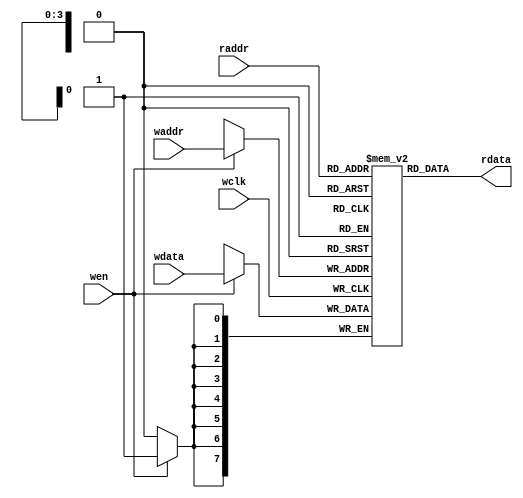
`timescale 1ns / 1ps
//////////////////////////////////////////////////////////////////////////////////
// Company: 
// Engineer: 
// 
// Design Name: 
// Module Name:    fifo_mem 
// Project Name: 
// Target Devices: 
// Tool versions: 
// Description: 
//
// Dependencies: 
//
// Revision: 
// Revision 0.01 - File Created
// Additional Comments: 
//
//////////////////////////////////////////////////////////////////////////////////
module fifo_mem #(parameter DSIZE=8,
						parameter ADDRSIZE = 4)
					(input wclk,
					 input wen,
					 input [DSIZE-1:0] wdata,
					 input [ADDRSIZE-1:0] waddr,
					 input [ADDRSIZE-1:0] raddr,
					 output [DSIZE-1:0] rdata
    );
	
	localparam DEPTH=1<<ADDRSIZE;
	reg [DSIZE-1:0] mem [0:DEPTH-1];
	
	assign rdata = mem[raddr];
	
	always @ (posedge wclk) begin
		if(wen) mem[waddr]<=wdata;
		
	end
	

endmodule